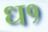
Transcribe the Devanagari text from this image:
ध१